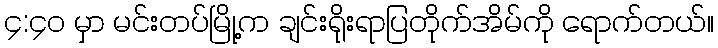
၄:၄၀ မှာ မင်းတပ်မြို့က ချင်းရိုးရာပြတိုက်အိမ်ကို ရောက်တယ်။